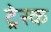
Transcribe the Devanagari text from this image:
ट्रेस्क